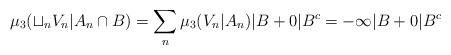
LaTeX: \begin{align*} \mu_3(\sqcup_n V_n|A_n\cap B) =\sum_{n} \mu_3(V_n|A_n)|B+ 0|B^c = -\infty|B + 0|B^c \end{align*}